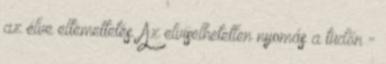
az élve eltemettetés. Az elviselhetetlen nyomás a tüdőn -